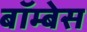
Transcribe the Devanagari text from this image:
बॉम्बेस